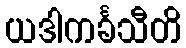
ယဒါကင်္ခသီတိ